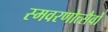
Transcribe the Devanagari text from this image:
स्मवरणोत्सैवों